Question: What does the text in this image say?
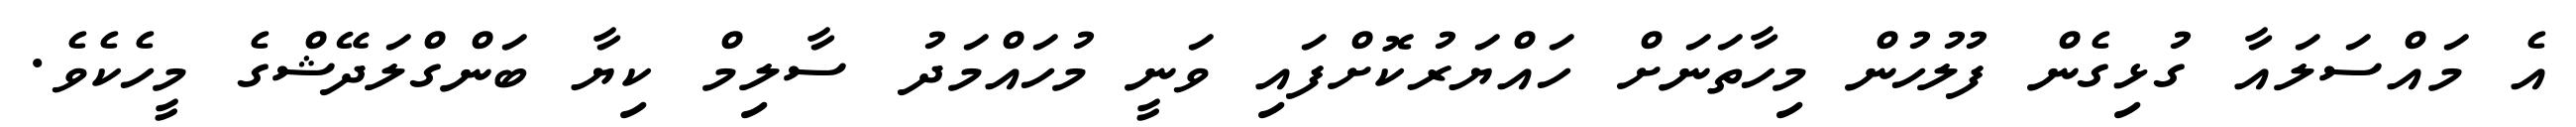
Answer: އެ މައްސަލައާ ގުޅިގެން ފުލުހުން މިހާތަނަށް ހައްޔަރުކޮށްފައި ވަނީ މުހައްމަދު ސާލިމް ކިޔާ ބަންގްލަދޭޝްގެ މީހެކެވެ.